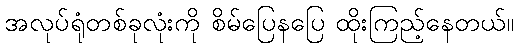
အလုပ်ရုံတစ်ခုလုံးကို စိမ်ပြေနပြေ ထိုးကြည့်နေတယ်။